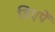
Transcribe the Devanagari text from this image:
डिएपें